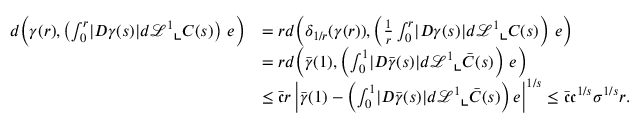
\begin{array} { r l } { d \Big ( \gamma ( r ) , \left( \int _ { 0 } ^ { r } \lvert D \gamma ( s ) \rvert d \mathcal { L } ^ { 1 } \llcorner C ( s ) \right) \, e \Big ) } & { = r d \Big ( \delta _ { 1 / r } ( \gamma ( r ) ) , \left( \frac { 1 } { r } \int _ { 0 } ^ { r } \lvert D \gamma ( s ) \rvert d \mathcal { L } ^ { 1 } \llcorner C ( s ) \right) \, e \Big ) } \\ & { = r d \Big ( \bar { \gamma } ( 1 ) , \left( \int _ { 0 } ^ { 1 } \lvert D \bar { \gamma } ( s ) \rvert d \mathcal { L } ^ { 1 } \llcorner \bar { C } ( s ) \right) \, e \Big ) } \\ & { \leq \bar { \mathfrak { c } } r \left| \bar { \gamma } ( 1 ) - \left( \int _ { 0 } ^ { 1 } \lvert D \bar { \gamma } ( s ) \rvert d \mathcal { L } ^ { 1 } \llcorner \bar { C } ( s ) \right) e \right| ^ { 1 / s } \leq \bar { \mathfrak { c } } \mathfrak { c } ^ { 1 / s } \sigma ^ { 1 / s } r . } \end{array}